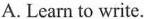
A. Learn to write.